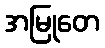
အမြုတေ